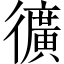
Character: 𭜉